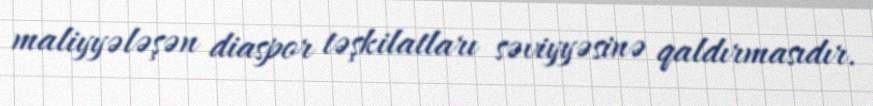
maliyyələşən diaspor təşkilatları səviyyəsinə qaldırmasıdır.